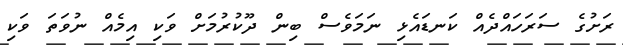
ރަށުގެ ސަރަހައްދެއް ކަނޑައެޅި ނަމަވެސް ބިން ދޫކުރުމަށް ވަކި އިމެއް ނުވަތަ ވަކި